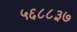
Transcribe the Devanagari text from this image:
५६८८३७